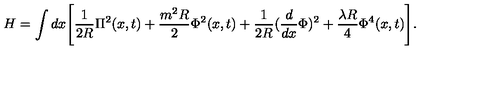
H = \int d x \Biggl [ \frac { 1 } { 2 R } \Pi ^ { 2 } ( x , t ) + \frac { m ^ { 2 } R } { 2 } \Phi ^ { 2 } ( x , t ) + \frac { 1 } { 2 R } ( \frac { d } { d x } \Phi ) ^ { 2 } + \frac { \lambda R } { 4 } \Phi ^ { 4 } ( x , t ) \Biggr ] .